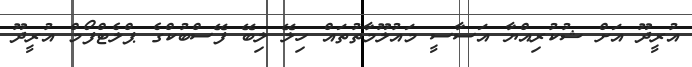
އުރީދޫ އަށް ޝުކުރިއްޔާ އަސާސީ މައުލޫމާތުތައް ހިލޭ ލިބޭ ފޭސްބުކްގެ ޕްލެޓްފޯމް އުރީދޫ